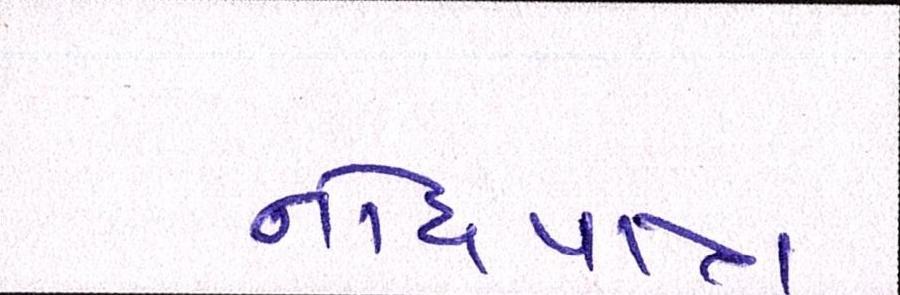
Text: નોંધપાત્ર